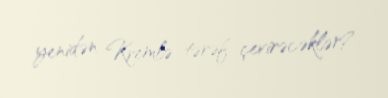
yenidən Kremlə tərəf çevirəcəklər?.